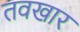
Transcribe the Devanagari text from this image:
तवखार